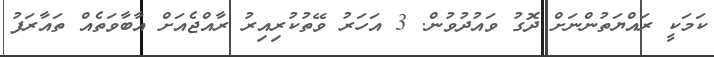
ކަމަކީ ރައްޔަތުންނަށް ދޮގު ވައުދުވުން. 3 އަހަރު ވޭތުކުރިއިރު ރާއްޖެއަށް އާބާވަތެއް ތައާރަފު